Specificity of antivenomous sera (second communication) - Number 10
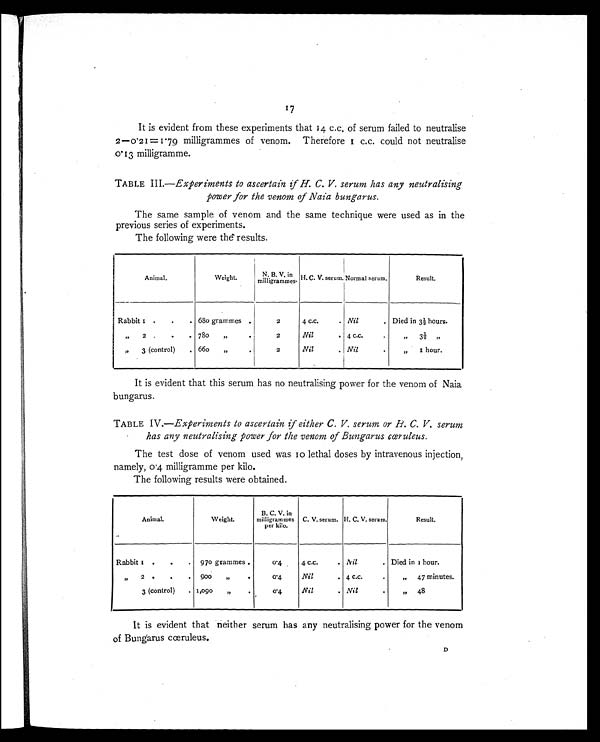
17
It is evident from these experiments that 14 c.c. of serum failed to neutralise
2–0.2 17=1.79 milligrammes of venom. Therefore 1 c.c. could not neutralise
0.13 milligramme.
TABLE III.—Experiments to ascertain if H. C. V. serum has any neutralising
power for the venom of Naia bungarus.
The same sample of venom and the same technique were used as in the
previous series of experiments.
The following were the results.
Animal.
Weight.
V.
B.
N.
in
milligrammes H.C.V. serum. Normal serum.
Result.
Rabbit 1 .
.
. 680 grammes .
2
4 c.c.
. Nil
. Died in 3½ hours.
"
2 .
.
.
780
„
..
2
Nil
.
4 c.c.
.
"
3 ½
"
"
3 (control)
. 660
,,
.
2
Nil
. Nil
.
,,
1 hour.
It is evident that this serum has no neutralising power for the venom of Naia
bungarus.
TABLE IV.—Experiments to ascertain if either C. V. serum or H. C. V. serum
has any neutralising power for the venom of Bungarus cceruleus.
The test dose of venom used was 10 lethal doses by intravenous injection,
namely, 0.4 milligramme per kilo.
The following results were obtained.
Animal.
Weight.
B. C. V. in
milligrammes
per kilo.
C. V. serum. H. C. V. serum.
Result.
Rabbit 1 .
.
. 970 grammes .
0.4
4 c.c.
. Nil
. Died in 1 hour.
"
2
.
.
.
900
„
.
0.4
Nil
. 4 c.c
,, 47 minutes.
3 (control)
. 1,090
„
.
0. 4
Nil
. Nil
.
"
48
It is evident that neither serum has any neutralising power for the venom
of Bungarus cœruleus.
D